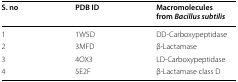
<table><thead><tr><td><b>S. no</b></td><td><b>PDB ID</b></td><td><b>Macromolecules from <i>Bacillus subtilis</i></b></td></tr></thead><tbody><tr><td>1</td><td>1W5D</td><td>DD-Carboxypeptidase</td></tr><tr><td>2</td><td>3MFD</td><td>β-Lactamase</td></tr><tr><td>3</td><td>4OX3</td><td>LD-Carboxypeptidase</td></tr><tr><td>4</td><td>5E2F</td><td>β-Lactamase class D</td></tr></tbody></table>